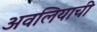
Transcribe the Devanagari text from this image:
अवलियाची